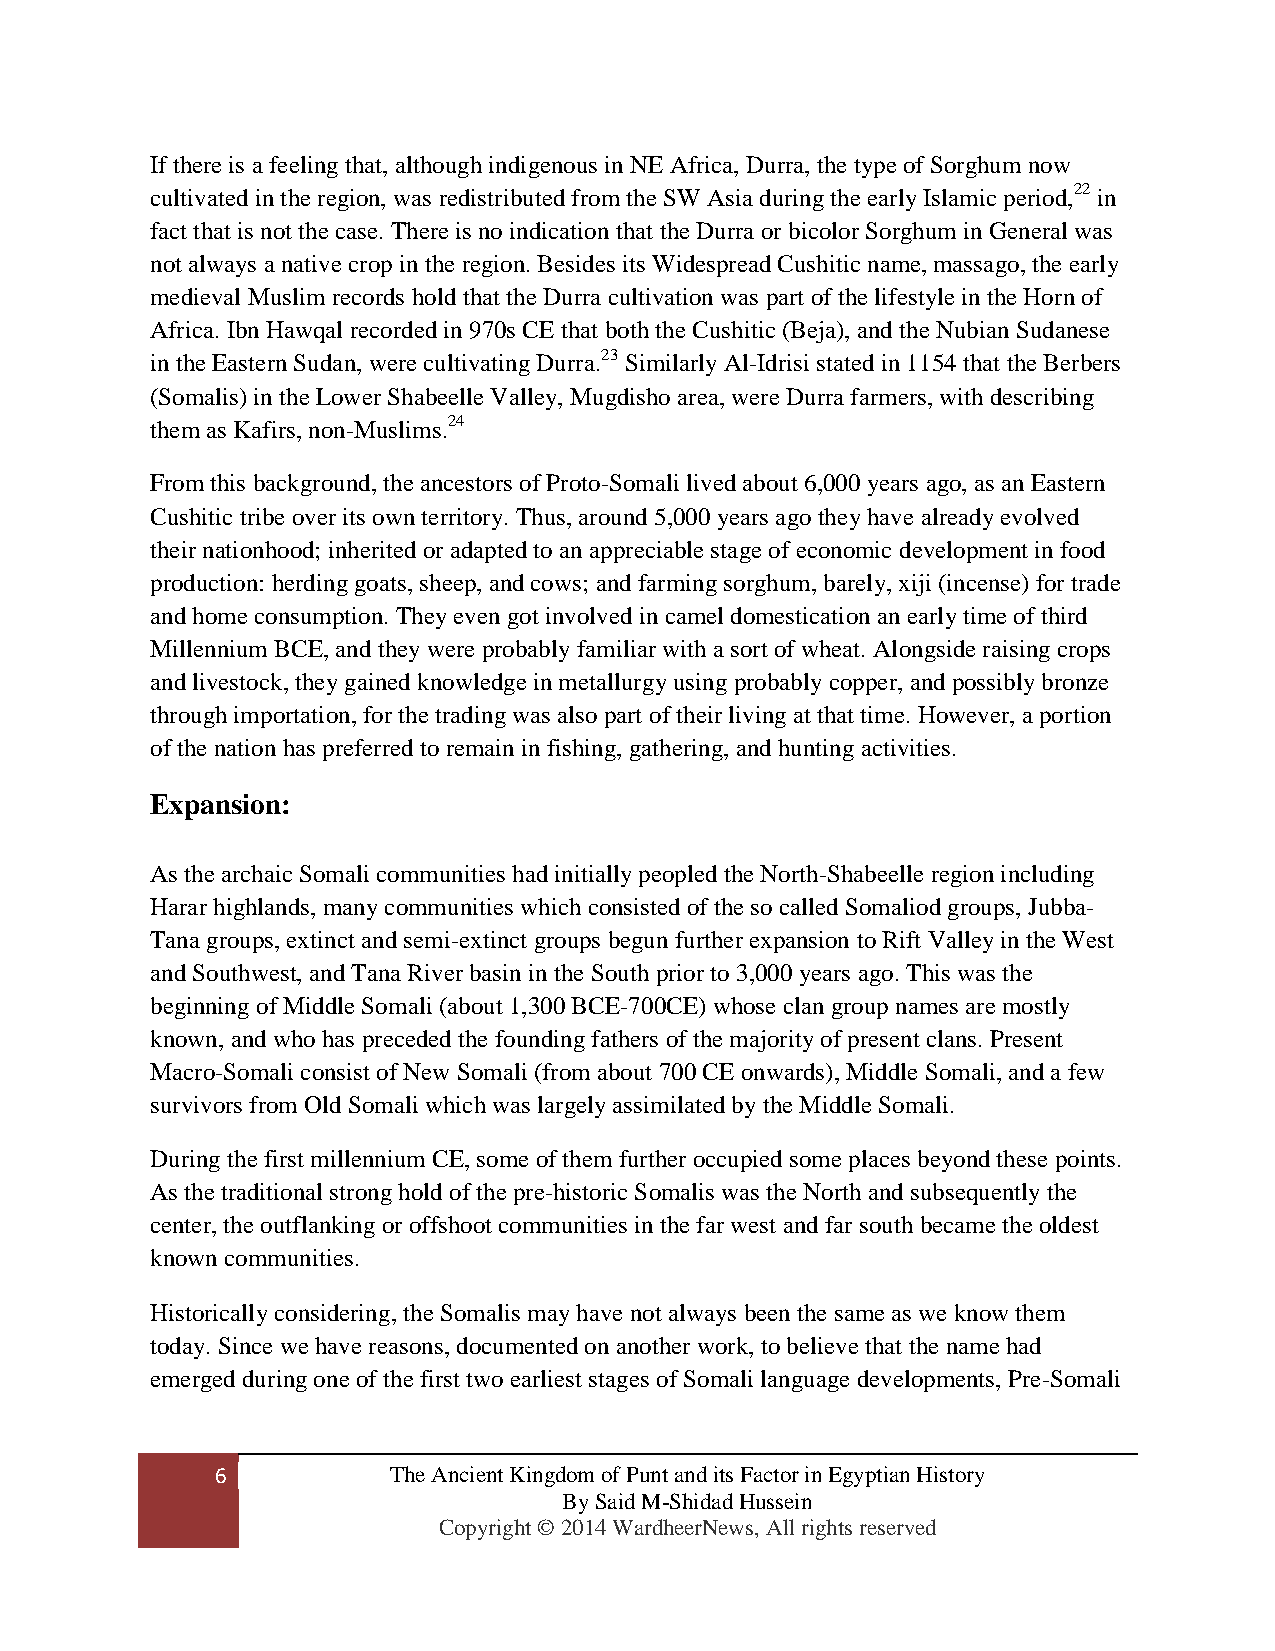
If there is a feeling that, although indigenous in NE Africa, Durra, the type of Sorghum now
 cultivated in the region, was redistributed from the SW Asia during the early Islamic period,22 in
 fact that is not the case. There is no indication that the Durra or bicolor Sorghum in General was
 not always a native crop in the region. Besides its Widespread Cushitic name, massago, the early
 medieval Muslim records hold that the Durra cultivation was part of the lifestyle in the Horn of
 Africa. Ibn Hawqal recorded in 970s CE that both the Cushitic (Beja), and the Nubian Sudanese
 in the Eastern Sudan, were cultivating Durra.23 Similarly Al-Idrisi stated in 1154 that the Berbers
 (Somalis) in the Lower Shabeelle Valley, Mugdisho area, were Durra farmers, with describing
 them as Kafirs, non-Muslims.24
 From this background, the ancestors of Proto-Somali lived about 6,000 years ago, as an Eastern
 Cushitic tribe over its own territory. Thus, around 5,000 years ago they have already evolved
 their nationhood; inherited or adapted to an appreciable stage of economic development in food
 production: herding goats, sheep, and cows; and farming sorghum, barely, xiji (incense) for trade
 and home consumption. They even got involved in camel domestication an early time of third
 Millennium BCE, and they were probably familiar with a sort of wheat. Alongside raising crops
 and livestock, they gained knowledge in metallurgy using probably copper, and possibly bronze
 through importation, for the trading was also part of their living at that time. However, a portion
 of the nation has preferred to remain in fishing, gathering, and hunting activities.
 Expansion:
 As the archaic Somali communities had initially peopled the North-Shabeelle region including
 Harar highlands, many communities which consisted of the so called Somaliod groups, Jubba-
 Tana groups, extinct and semi-extinct groups begun further expansion to Rift Valley in the West
 and Southwest, and Tana River basin in the South prior to 3,000 years ago. This was the
 beginning of Middle Somali (about 1,300 BCE-700CE) whose clan group names are mostly
 known, and who has preceded the founding fathers of the majority of present clans. Present
 Macro-Somali consist of New Somali (from about 700 CE onwards), Middle Somali, and a few
 survivors from Old Somali which was largely assimilated by the Middle Somali.
 During the first millennium CE, some of them further occupied some places beyond these points.
 As the traditional strong hold of the pre-historic Somalis was the North and subsequently the
 center, the outflanking or offshoot communities in the far west and far south became the oldest
 known communities.
 Historically considering, the Somalis may have not always been the same as we know them
 today. Since we have reasons, documented on another work, to believe that the name had
 emerged during one of the first two earliest stages of Somali language developments, Pre-Somali
 6           The Ancient Kingdom of Punt and its Factor in Egyptian History
 By Said M-Shidad Hussein
 Copyright © 2014 WardheerNews, All rights reserved